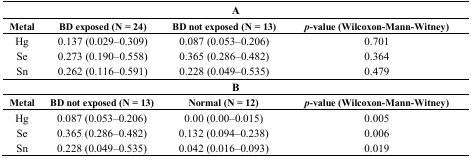
| <COLSPAN=4> A |
 | Metal | BD exposed (N = 24) | BD not exposed (N = 13) | p-value (Wilcoxon-Mann-Witney) |
 | --- | --- | --- | --- |
 | Hg | 0.137 (0.029–0.309) | 0.087 (0.053–0.206) | 0.701 |
 | Se | 0.273 (0.190–0.558) | 0.365 (0.286–0.482) | 0.364 |
 | Sn | 0.262 (0.116–0.591) | 0.228 (0.049–0.535) | 0.479 |
 | <COLSPAN=4> B |
 | Metal | BD not exposed (N = 13) | Normal (N = 12) | p-value (Wilcoxon-Mann-Witney) |
 | Hg | 0.087 (0.053–0.206) | 0.00 (0.00–0.015) | 0.005 |
 | Se | 0.365 (0.286–0.482) | 0.132 (0.094–0.238) | 0.006 |
 | Sn | 0.228 (0.049–0.535) | 0.042 (0.016–0.093) | 0.019 |